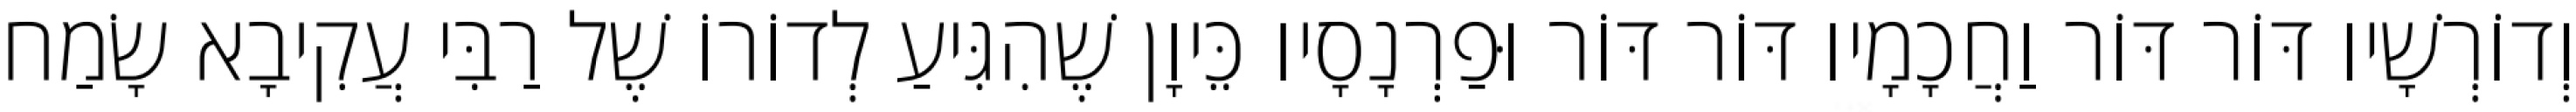
וְדוֹרְשָׁיו דּוֹר דּוֹר וַחֲכָמָיו דּוֹר דּוֹר וּפַרְנָסָיו כֵּיוָן שֶׁהִגִּיעַ לְדוֹרוֹ שֶׁל רַבִּי עֲקִיבָא שָׂמַח